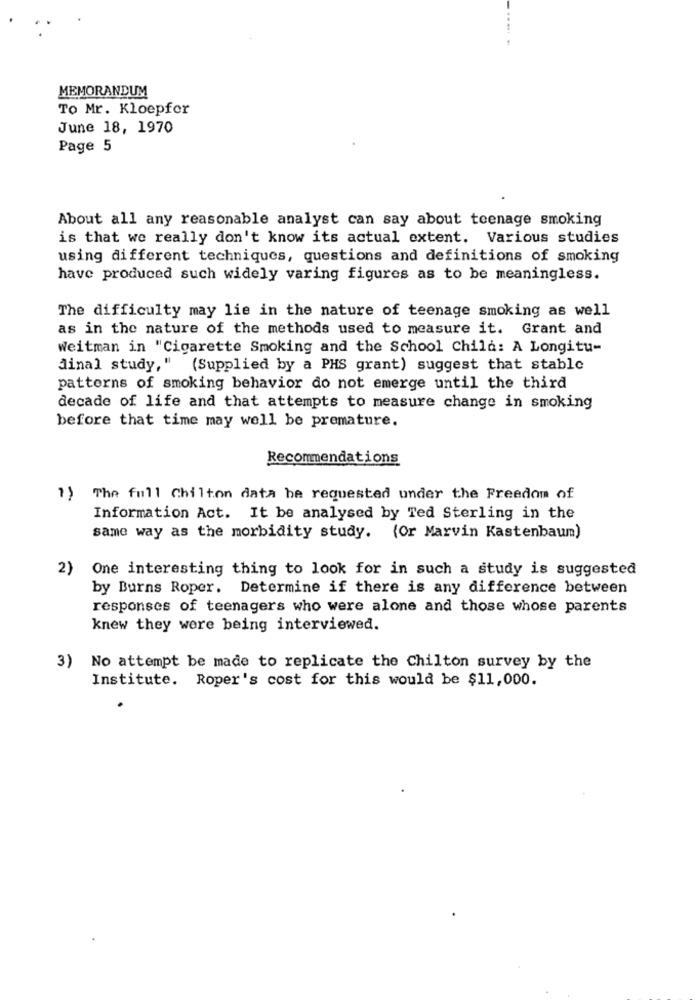
MEMORANDUM
To Mr. Kloepfer
June 18, 1970
Page 5
About all any reasonable analyst can say about teenage smoking
is that we really don't know its actual extent. Various studies
using different techniques, questions and definitions of smoking
have produced such widely varing figures as to be meaningless.
The difficulty may lie in the nature of teenage smoking as well
as in the nature of the methods used to measure it. Grant and
Weitman in "Cigarette Smoking and the School Child: A Longitu-
Jinal study," (Supplied by a PHS grant) suggest that stable
patterns of smoking behavior do not emerge until the third
decade of life and that attempts to measure change in smoking
before that time may well be premature.
Recommendations
1) The full Chilton data be requested under the Freedom of
Information Act. It be analysed by Ted Sterling in the
same way as the morbidity study. (Or Marvin Kastenbaum)
2)
One interesting thing to look for in such a study is suggested
by Burns Roper. Determine if there is any difference between
responses of teenagers who were alone and those whose parents
knew they were being interviewed.
3)
No attempt be made to replicate the Chilton survey by the
Institute. Roper's cost for this would be $11,000.